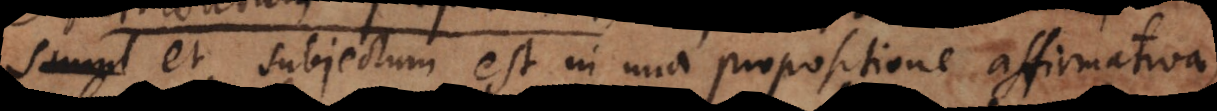
simul et subjectum est in una propositione affirmativa,